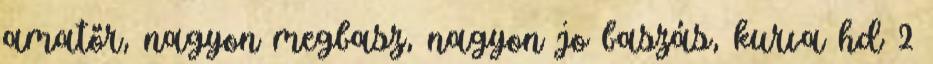
amatőr, nagyon megbasz, nagyon jo baszás, kurva hd 2